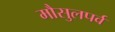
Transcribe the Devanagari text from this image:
मौसुलपर्व